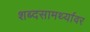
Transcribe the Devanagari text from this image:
शब्दसामर्थ्यावर